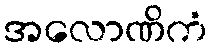
အလောဏိကံ